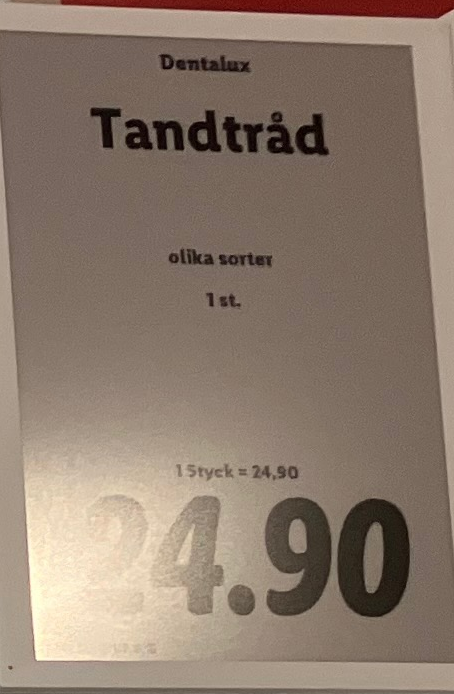
Vara: Tandtråd
Genomsnittspris: 24.9 per st